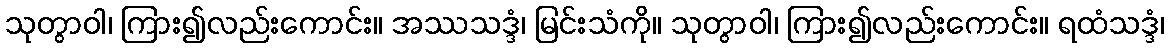
သုတွာဝါ၊ ကြား၍လည်းကောင်း။ အဿသဒ္ဒံ၊ မြင်းသံကို။ သုတွာဝါ၊ ကြား၍လည်းကောင်း။ ရထံသဒ္ဒံ၊